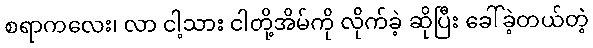
စရာကလေး၊ လာ ငါ့သား ငါတို့အိမ်ကို လိုက်ခဲ့ ဆိုပြီး ခေါ်ခဲ့တယ်တဲ့